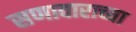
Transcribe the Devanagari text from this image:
सणावाराच्या